Lunatic asylums in Bengal annual reports 1912-1924 - 1912-1924
Year: 1912
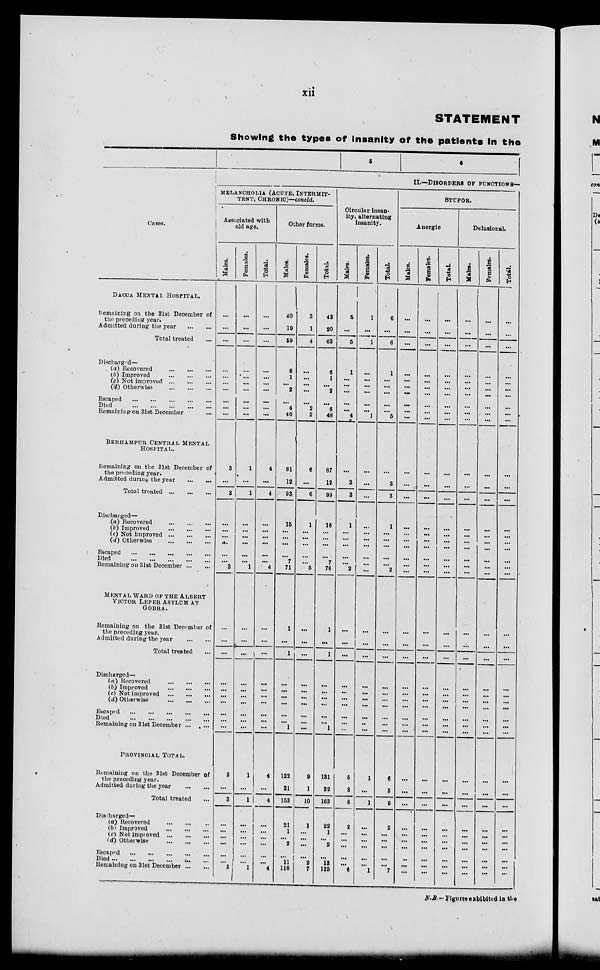
xii
STATEMENT
Showing the types of insanity of the patients in the
Cases.
DACCA MENTAL HOSPITAL.
Remaining on the 31st December of
the preceding year.
Admitted during the year ... ...
Total treated ...
Discharged—
(a) Recovered
...
...
...
(b)
Improved
...
...
...
(c) Not improved ... ... ...
(d) Otherwise
...
...
...
Escaped ... ... ... ... ...
Died
...
...
...
...
...
Remaining on 31st December ...
BERHAMPUR CENTRAL MENTAL
HOSPITAL.
Remaining on the 31st December of
the preceding year.
Admitted during the year
...
...
Total treated ... ... ...
Discharged—
(a) Recovered
...
...
...
(b) Improved
...
...
...
(c) Not improved ... ... ...
(d) Otherwise
...
...
...
Escaped
...
...
...
...
Died
...
...
...
...
...
Remaining on 31st December ... ...
MENTAL WARD OF THE ALBERT
VICTOR LEPER ASYLUM AT
GOBRA.
Remaining on the 31st December of
the preceding year.
Admitted during the year
...
...
Total treated ...
Discharged—
(a) Recovered
...
...
...
(b) Improved
...
...
...
(c) Not improved ... ... ...
(d) Otherwise
...
...
...
Escaped ... ... ... ... ...
Died
...
...
...
...
...
Remaining on 31st December ... ...
PROVINCIAL TOTAL.
Remaining on the 31st December of
the preceding year.
Admitted during the year
...
...
Total treated ...
Discharged—
(a) Recovered
...
...
...
(b) Improved ... ... ...
(c) Not impioved ... ... ...
(d) Otherwise ... ... ... ...
Escaped ... ... ... ... ...
Died ... ... ... ... ... ...
Remaining on 31st December
5
5
6
II.—DISORDERS OF FUNCTIONS—
MELANCHOLIA (ACUTE, INTERMIT-
----, CHRONIC)—Concld.
Associated with
old age.
Males.
...
...
...
...
...
...
...
...
...
...
3
...
3
...
...
...
...
...
...
3
...
...
...
...
...
...
...
...
...
...
3
...
3
...
...
...
...
...
...
3
Females.
...
...
...
...
...
...
...
...
...
1
...
1
...
...
...
...
...
...
1
...
...
...
...
...
...
...
...
...
...
1
...
1
...
...
...
...
...
...
1
Total.
...
...
...
...
...
...
...
...
...
...
4
...
4
...
...
...
...
...
...
4
...
...
...
...
...
...
...
...
...
4
...
4
...
...
...
...
...
...
4
Other forms.
Males.
40
19
59
6
1
...
2
...
4
46
81
12
93
15
...
...
...
...
7
71
1
...
1
...
...
...
...
...
...
1
122
31
153
21
1
...
2
...
11
118
Females.
3
1
4
...
...
...
...
...
2
2
6
...
6
1
...
...
...
...
...
5
...
...
...
...
...
...
...
...
...
...
9
1
10
1
...
...
...
...
2
7
Total.
43
20
63
6
1
...
2
...
6
48
87
12
99
16
...
...
...
...
7
76
1
...
1
...
...
...
...
...
...
1
131
32
163
25
1
...
2
...
13
125
Circular insan-
ity, alternating
insanity.
Males.
5
...
5
1
...
...
...
...
...
4
...
3
8
1
...
...
...
...
...
2
...
...
...
...
...
...
...
...
...
...
5
3
8
2
...
...
...
...
...
6
Females.
1
...
1
...
...
...
...
...
...
1
...
...
...
...
...
...
...
...
...
...
...
...
...
...
...
...
...
...
...
...
1
...
1
...
...
...
...
...
...
1
Total.
6
...
6
1
...
...
...
...
...
5
...
3
3
1
...
...
...
...
...
2
...
...
...
...
...
...
...
...
...
...
6
3
9
2
...
...
...
...
...
7
STUPOR.
Anergic
Males.
...
...
...
...
...
...
...
...
...
...
...
...
...
...
...
...
...
...
...
...
...
...
...
...
...
...
...
...
...
...
...
...
...
...
...
...
...
...
Females.
...
...
...
...
...
...
...
...
...
...
...
...
...
...
...
...
...
...
...
...
...
...
...
...
...
...
...
...
...
...
...
...
...
...
...
...
...
...
...
Total.
...
...
...
...
...
...
...
...
...
...
...
...
...
...
...
...
...
...
...
...
...
...
...
...
...
...
...
...
...
...
...
...
...
...
...
...
...
...
Delusional.
Males.
...
...
...
...
...
...
...
...
...
...
...
...
...
...
...
...
...
...
...
...
...
...
...
...
...
...
...
...
...
...
...
...
...
...
...
...
...
...
...
Females.
...
...
...
...
...
...
...
...
...
...
...
...
...
...
...
...
...
...
...
...
...
...
...
...
...
...
...
...
...
...
...
...
...
...
...
...
...
...
...
Total.
...
...
...
...
...
...
...
...
...
...
...
...
...
...
...
...
...
...
...
...
...
...
...
...
...
...
...
...
...
...
...
...
...
...
...
...
...
...
...
N.B.–Figures exhibited in the